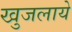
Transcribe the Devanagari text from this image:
खुजलाये